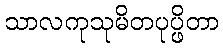
သာလကုသုမိတပုပ္ဖိတာ